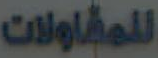
للمقاولات